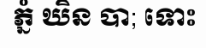
ភ្នំ ឃិន បា; ទោះ